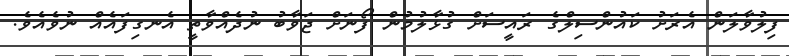
ފިލުވާލަން އެރަށު ކައުންސިލްގެ ރައީސަށް ގުޅާލުމުން ފޯނަށް ޖަވާބު ނުދެއްވާތީ އެނގިފައެއް ނުވެއެވެ.